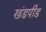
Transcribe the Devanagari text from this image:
खंडपीड